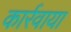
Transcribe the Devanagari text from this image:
कार्रवाया